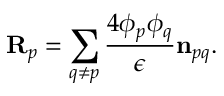
\mathbf { R } _ { p } = \sum _ { q \neq p } \frac { 4 \phi _ { p } \phi _ { q } } { \epsilon } \mathbf { n } _ { p q } .